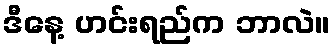
ဒီနေ့ ဟင်းရည်က ဘာလဲ။